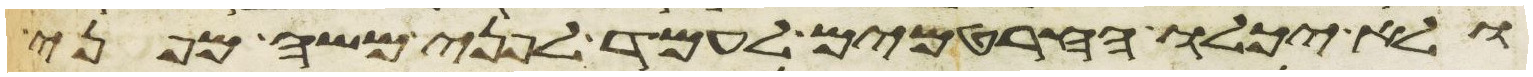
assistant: ולא יכלו החרטמים לעמד לפני משה מפני